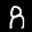
Label: 8